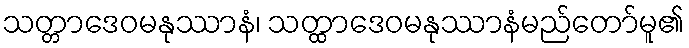
သတ္တာဒေဝမနုဿာနံ၊ သတ္ထာဒေဝမနုဿာနံမည်တော်မူ၏